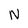
Character: N